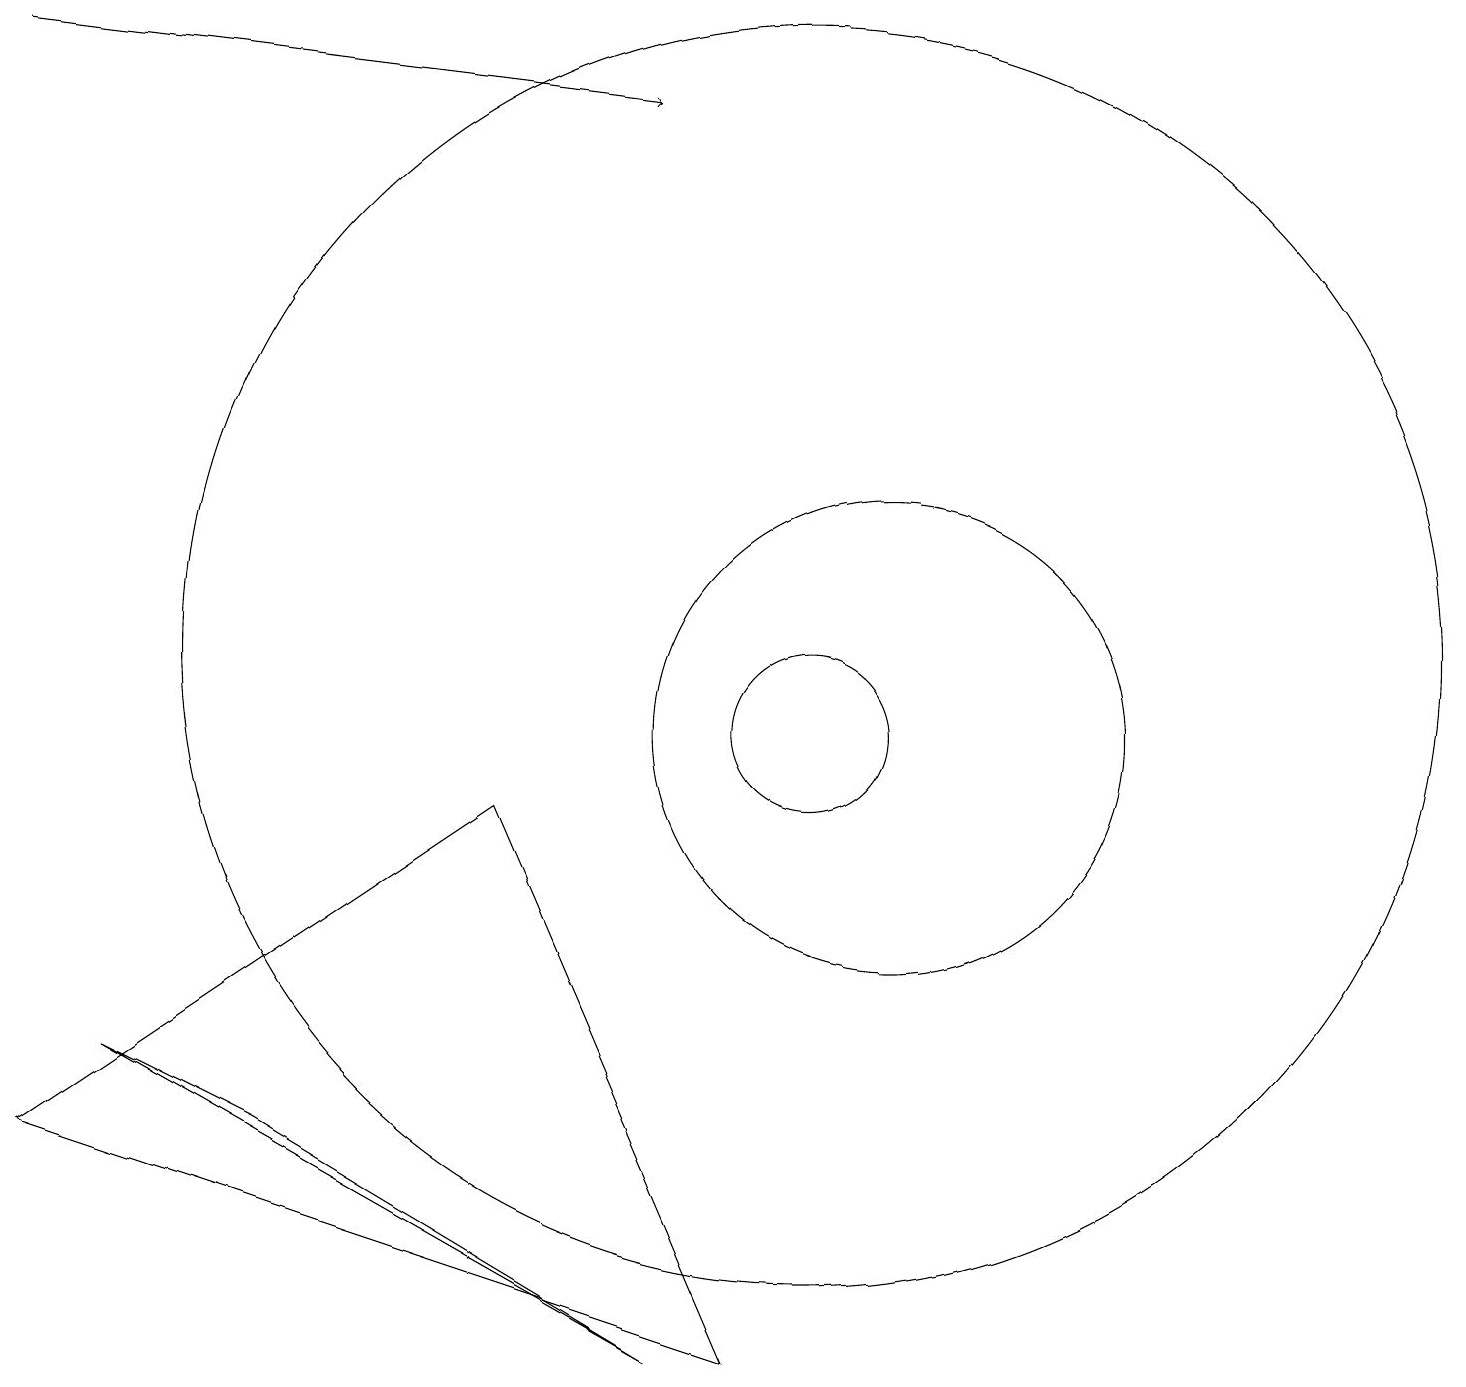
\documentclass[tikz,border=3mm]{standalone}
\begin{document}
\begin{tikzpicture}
\draw[->] (0,19) -- (8,18);
\draw (8,2) -- (1,6) -- (3,5) -- cycle;
\draw (11,10) circle (3);
\draw (10,10) circle (1);
\draw (6,9) -- (0,5) -- (9,2) -- cycle;
\draw (10,11) circle (8);
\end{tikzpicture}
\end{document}